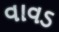
વાવડ